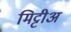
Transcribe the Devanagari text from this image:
मिट्टीअ